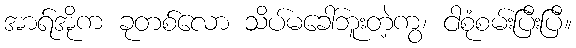
အာရ်အိုက ခုတစ်လော သိပ်မခေါ်ဘူးတဲ့ကွ၊ ငါစုံစမ်းပြီးပြီ။